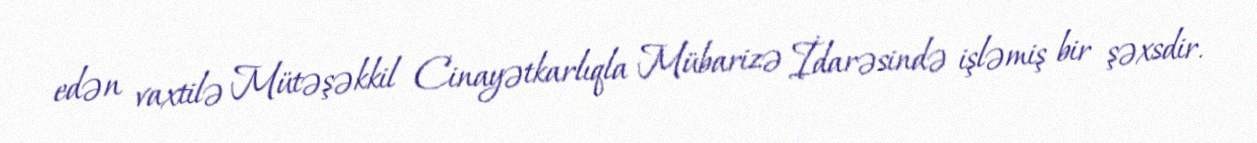
edən vaxtilə Mütəşəkkil Cinayətkarlıqla Mübarizə İdarəsində işləmiş bir şəxsdir.